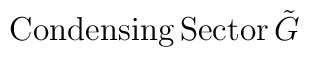
{\rm Condensing}\, {\rm Sector }\,  \tilde{G}